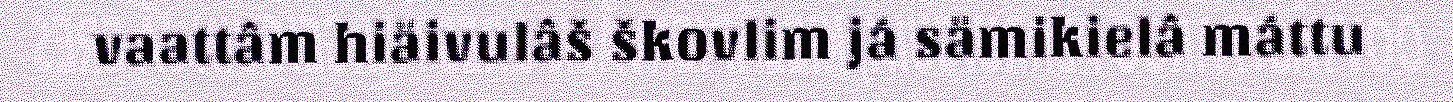
vaattâm hiäivulâš škovlim já sämikielâ máttu